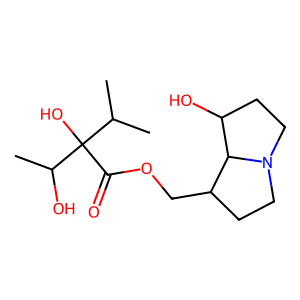
SMILES: CC(C)C(O)(C(=O)OCC1CCN2CCC(O)C12)C(C)O
Inhibits HIV replication: No